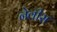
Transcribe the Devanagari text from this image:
नेवीस